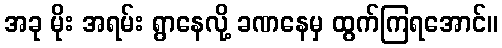
အခု မိုး အရမ်း ရွာနေလို့ ခဏနေမှ ထွက်ကြရအောင်။